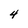
Character: 4